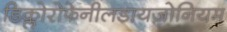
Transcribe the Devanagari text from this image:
डिक्लोरोफेनीलडायज़ोनियम